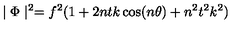
\mid \Phi \mid ^ { 2 } = f ^ { 2 } ( 1 + 2 n t k \cos ( n \theta ) + n ^ { 2 } t ^ { 2 } k ^ { 2 } )